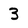
Character: 3